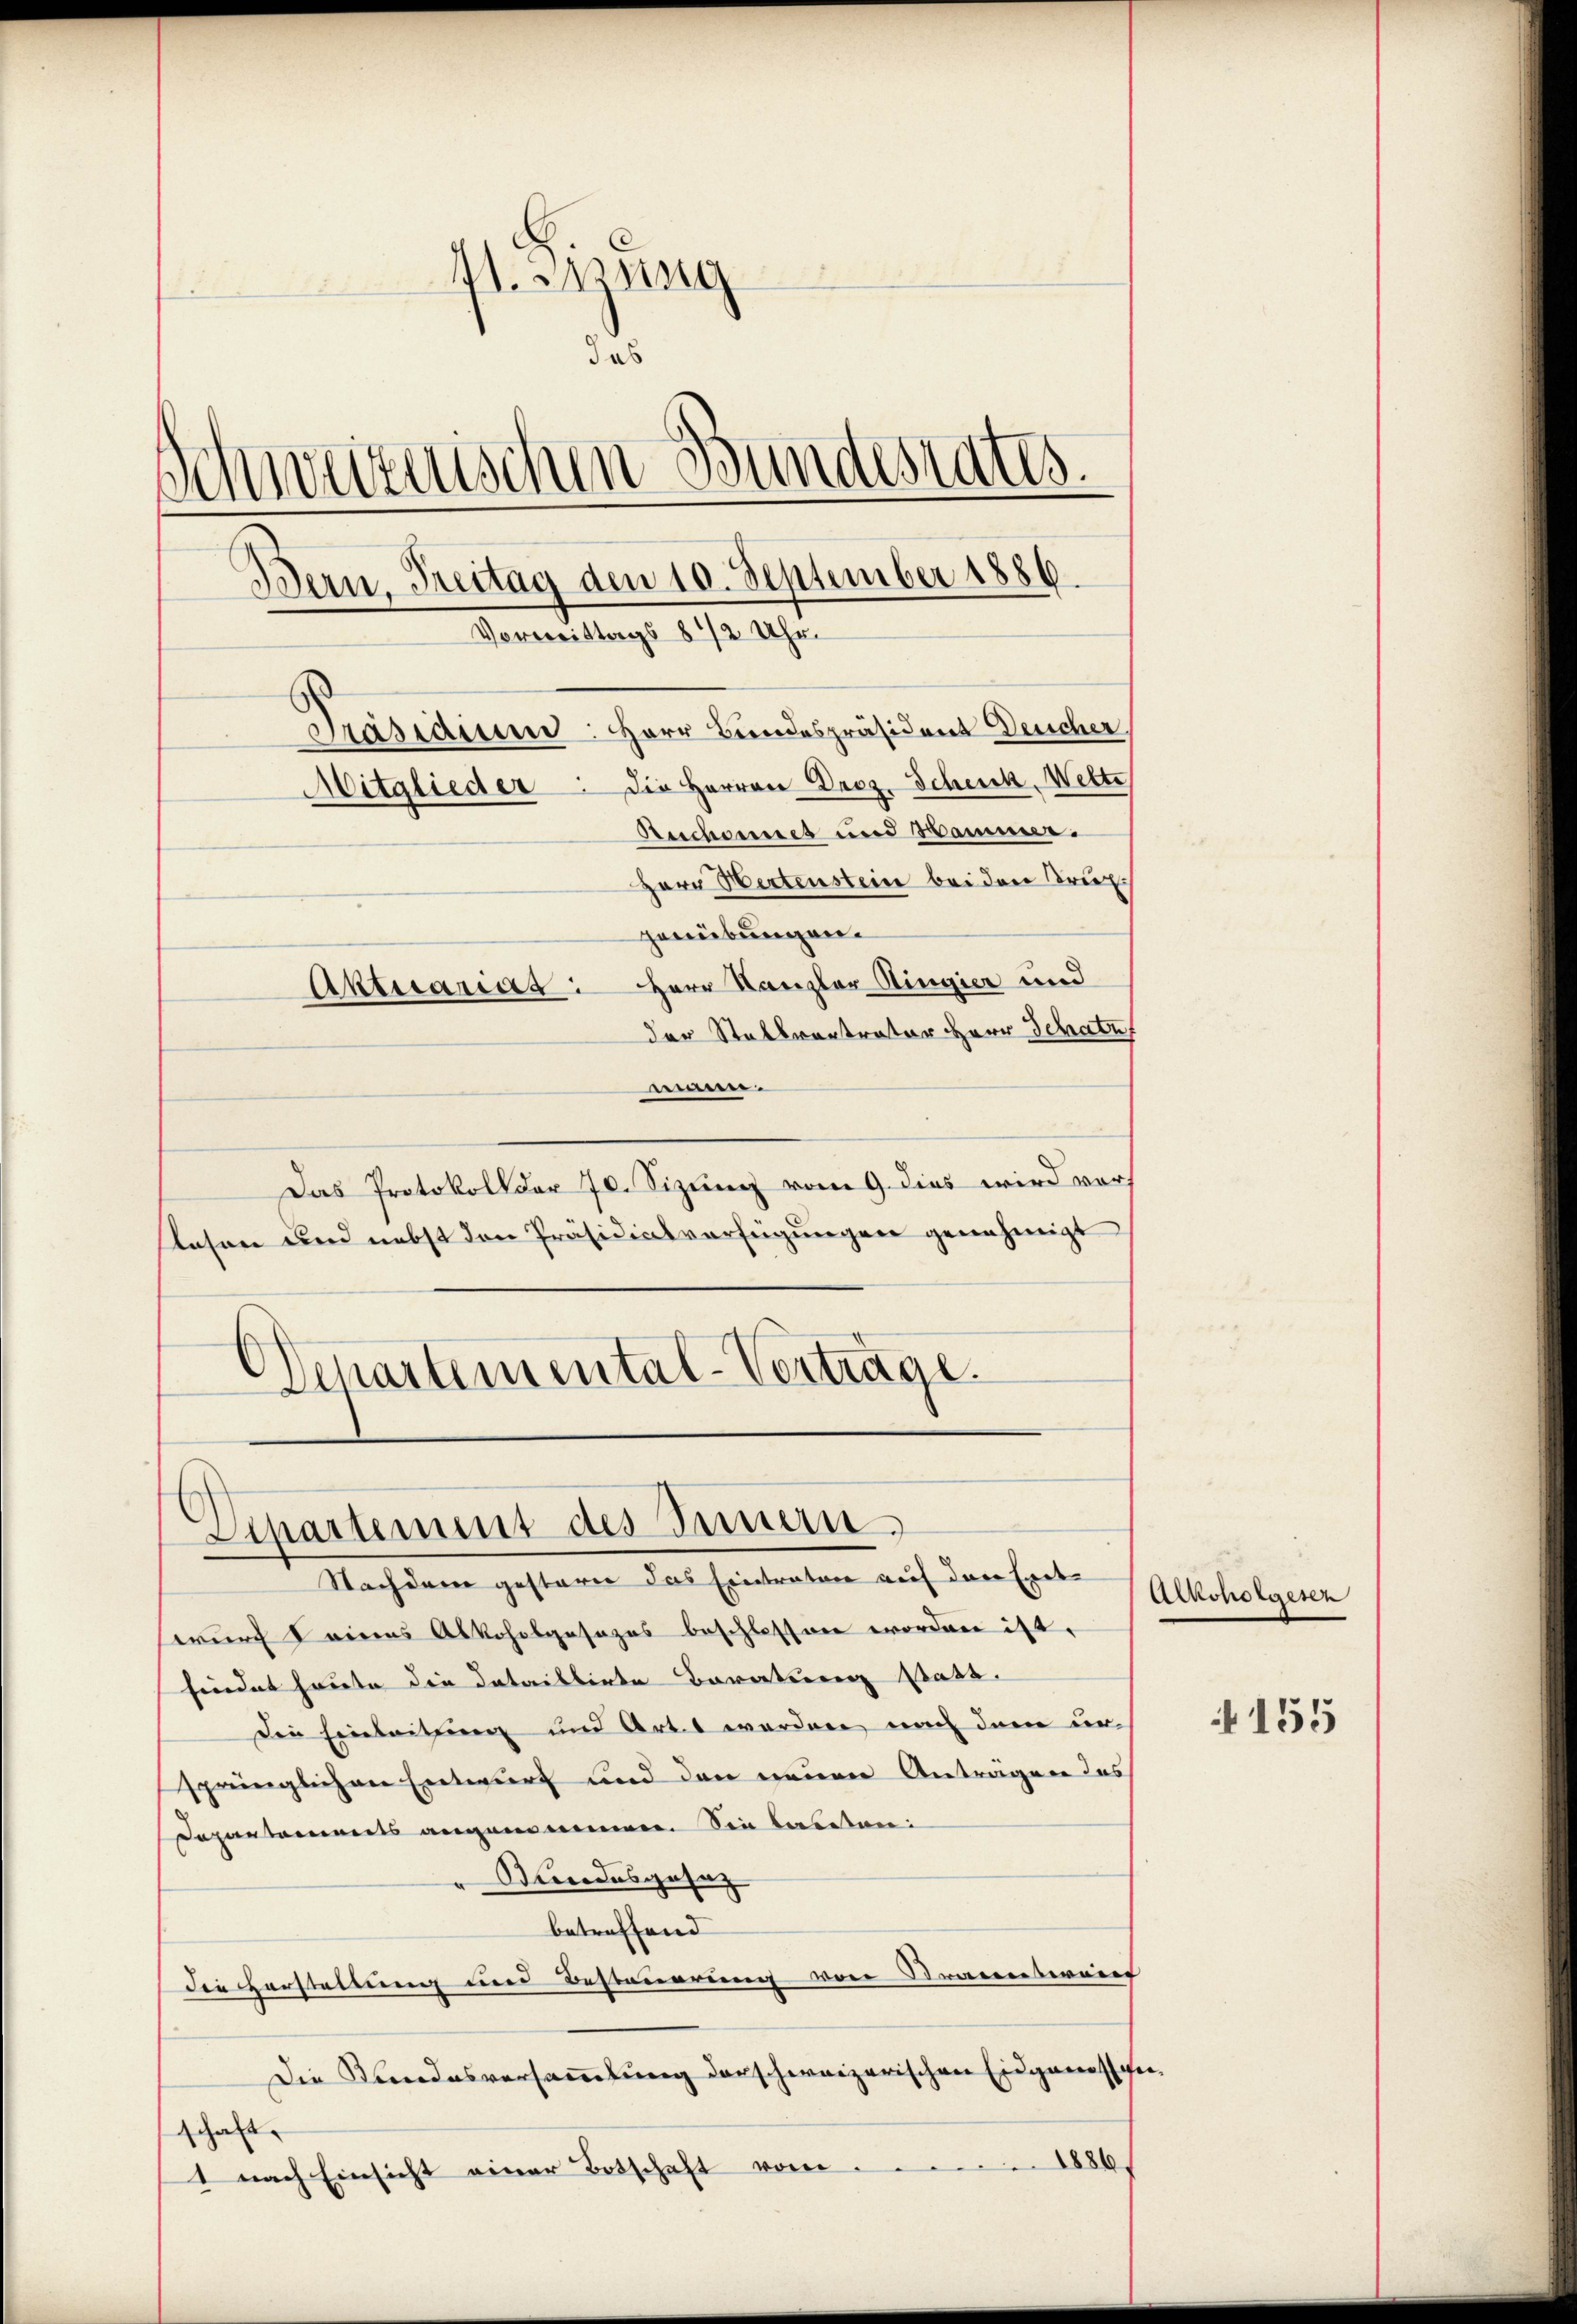
A. Sprung
das
Schweizerischen Bundesrates.
Bern, Freitag den 10. September 1886.
Vormittags 8 1/2 Uhr.
Präsidium: HHerr Bundespräsident Deucher
Mitglieder. Die Herren Droz. Scheick, Welte
Auchannet und Sammer.
Herr Hertenstein bei den Brief
genübungen.
Aktuarias: Herr Kanzler Ringier und
der Stallvertrator Herr Schatz

eien.
Das Protokoll der 70. Sizung vom 9. dies wird vorlesen und nebst den Präsidialverfügungen genehmigt
Departemental-Verträge.

Departement des Innern
Nachdem gestern das Eintraten auf den Exet

wurch eines Alkoholgesezes beschlossen worden ist.
findet heute die dataillirte Baratung statt.
Die Einleitung und Artet worden nach dem ursprünglichen Entwurf und den neuen Anträgen des
Departements angenommen. Sie beideten:
Bundesgesetz
betreffend
die Herstellung und Besteuerung von Strannterein
Die Kundesversammlung derschweizerischen Eidgenossen.
schaft.
1 nach Einsicht einer Botschaft vom 1886

Alkoholgesen

155